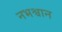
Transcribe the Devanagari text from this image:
नभश्वान